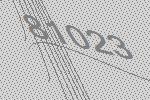
81023